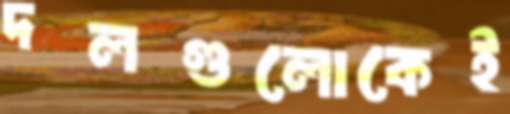
দলগুলোকেই